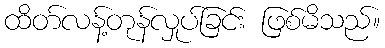
ထိတ်လန့်တုန်လှုပ်ခြင်း ဖြစ်မိသည်။